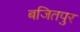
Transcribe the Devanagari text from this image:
बजितपुर